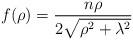
LaTeX: \begin{align*}f(\rho) = {n\rho\over 2\sqrt{\rho^{2}+\lambda^{2}}}\end{align*}